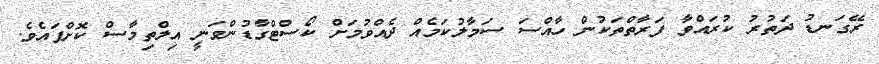
ރޭގަނޑު ދަތުރު ކުރައްވާ ފަރާތްތަކުން ހާއްސަ ސަމާލުކަމެއް ދެއްވުމަށް ކޯސްޓްގާޑުންވަނީ އިލްތިމާސް ކޮށްފައެވެ.